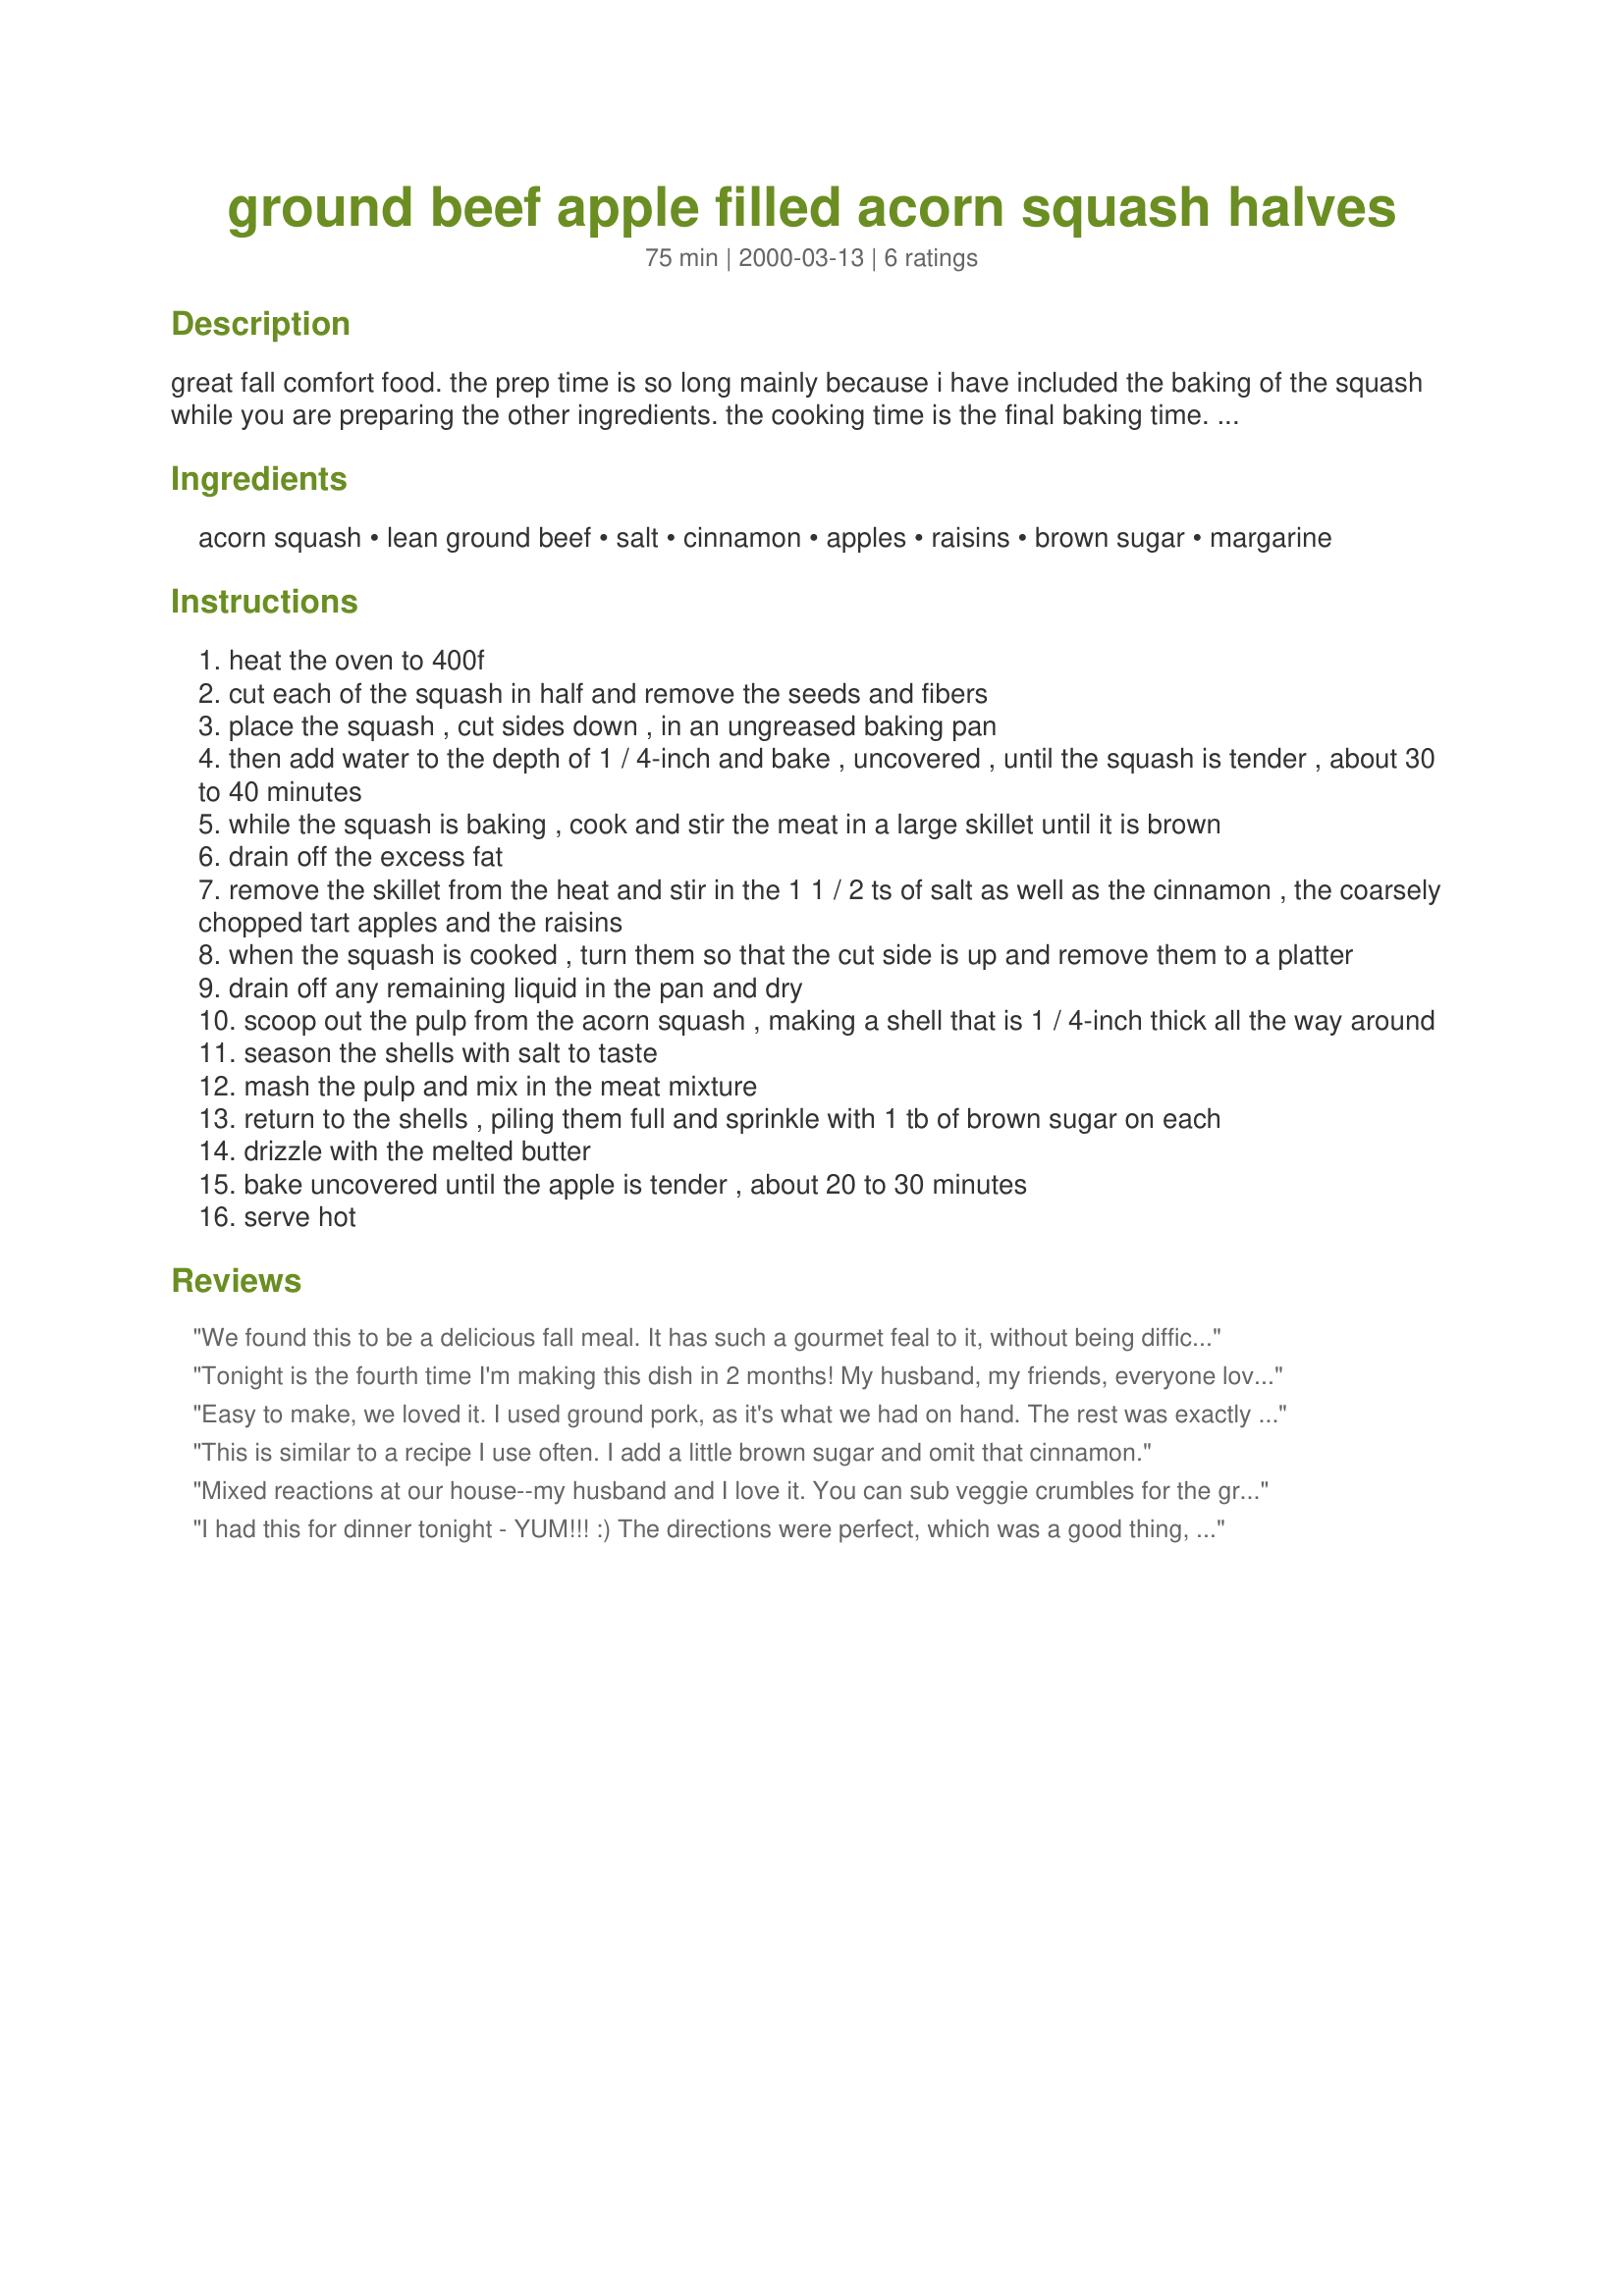
ground beef apple filled acorn squash halves
Preparation time: 75 minutes

great fall comfort food. the prep time is so long mainly because i have included the baking of the squash while you are preparing the other ingredients. the cooking time is the final baking time. enjoy!

Ingredients:
acorn squash, lean ground beef, salt, cinnamon, apples, raisins, brown sugar, margarine

Steps:
heat the oven to 400f
cut each of the squash in half and remove the seeds and fibers
place the squash , cut sides down , in an ungreased baking pan
then add water to the depth of 1 / 4-inch and bake , uncovered , until the squash is tender , about 30 to 40 minutes
while the squash is baking , cook and stir the meat in a large skillet until it is brown
drain off the excess fat
remove the skillet from the heat and stir in the 1 1 / 2 ts of salt as well as the cinnamon , the coarsely chopped tart apples and the raisins
when the squash is cooked , turn them so that the cut side is up and remove them to a platter
drain off any remaining liquid in the pan and dry
scoop out the pulp from the acorn squash , making a shell that is 1 / 4-inch thick all the way around
season the shells with salt to taste
mash the pulp and mix in the meat mixture
return to the shells , piling them full and sprinkle with 1 tb of brown sugar on each
drizzle with the melted butter
bake uncovered until the apple is tender , about 20 to 30 minutes
serve hot

Reviews:
We found this to be a delicious fall meal. It has such a gourmet feal to it, without being difficult to whip up. I used craisins and walnuts. We found the taste to be perfect, not too sweat as others have commented.
Tonight is the fourth time I'm making this dish in 2 months! My husband, my friends, everyone loves it! I substituted the Raisins with chopped Pecans or Walnuts which gives the dish some crunch! Also I've made it with Butternut Squash as well which was fantastic.
Easy to make, we loved it. I used ground pork, as it's what we had on hand. The rest was exactly as written. I would make this again!
This is similar to a recipe I use often. I add a little brown sugar and omit that cinnamon.
Mixed reactions at our house--my husband and I love it.
 You can sub veggie crumbles for the ground beef. I want to try it with turkey sausage to punch up the flavor a little. We don't like things too sweet, so I was thinking about adding some chopped onion to the ground beef and also adding some curry powder. Or maybe using the sausage for the meat, skipping the cinnamon and adding some paremesan cheese.
I had this for dinner tonight - YUM!!! :) The directions were perfect, which was a good thing, considering I'd never cooked an acord squash before. I made it exactly as directed, except that I used dried currants instead of raisins (I prefer currants and don't have raisins in the house). Oh, I did use ground buffalo instead of ground beef (we almost always use buffalo rather than beef). This is a big 5-star recipe!
